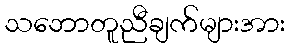
သဘောတူညီချက်များအား